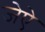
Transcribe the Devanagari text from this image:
जेऐ